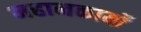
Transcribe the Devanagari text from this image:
महानकार्यो